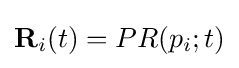
\mathbf {R} _{i}(t)=PR(p_{i};t)